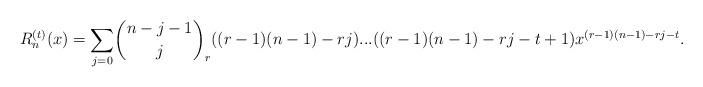
LaTeX: \begin{align*}R_{n}^{(t)}(x)=\underset{j=0}{\overset{}{\sum }}\binom{n-j-1}{j}_{r}((r-1)(n-1)-rj)...((r-1)(n-1)-rj-t+1)x^{(r-1)(n-1)-rj-t}. \end{align*}